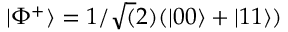
| \Phi ^ { + } \rangle = 1 / \sqrt ( 2 ) ( | 0 0 \rangle + | 1 1 \rangle )